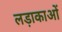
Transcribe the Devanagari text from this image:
लड़ाकाओं